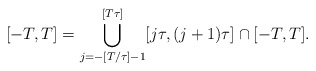
\begin{align*}[-T,T] = \bigcup_{j=-[T/\tau]-1}^{[T\tau]} [ j \tau, (j+1)\tau] \cap [-T,T].\end{align*}